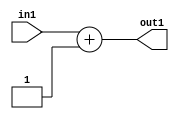
`timescale 1ps / 1ps
/*****************************************************************************
    Verilog RTL Description
    
    
    Created by: CellMath Designer 2019.1.01 
*******************************************************************************/

module finish_gen_Add2i1u8_4 (
	in1,
	out1
	); /* architecture "behavioural" */ 
input [7:0] in1;
output [7:0] out1;
wire [7:0] asc001;

assign asc001 = 
	+(in1)
	+(8'B00000001);

assign out1 = asc001;
endmodule

/* CADENCE  ubDwTQk= : u9/ySgnWtBlWxVPRXgAZ4Og= ** DO NOT EDIT THIS LINE ******/